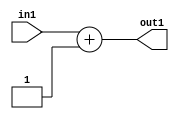
`timescale 1ps / 1ps
/*****************************************************************************
    Verilog RTL Description
    
    
    Created by: CellMath Designer 2019.1.01 
*******************************************************************************/

module finish_gen_Add2i1u8_4 (
	in1,
	out1
	); /* architecture "behavioural" */ 
input [7:0] in1;
output [7:0] out1;
wire [7:0] asc001;

assign asc001 = 
	+(in1)
	+(8'B00000001);

assign out1 = asc001;
endmodule

/* CADENCE  ubDwTQk= : u9/ySgnWtBlWxVPRXgAZ4Og= ** DO NOT EDIT THIS LINE ******/